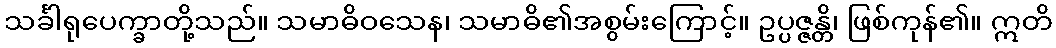
သင်္ခါရုပေက္ခာတို့သည်။ သမာဓိဝသေန၊ သမာဓိ၏အစွမ်းကြောင့်။ ဥပ္ပဇ္ဇန္တိ၊ ဖြစ်ကုန်၏။ ဣတိ